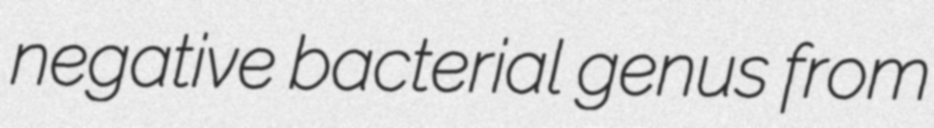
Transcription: negative bacterial genus from